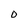
Character: 0